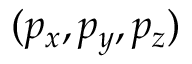
( p _ { x } , p _ { y } , p _ { z } )